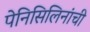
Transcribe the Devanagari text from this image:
पेनिसिलिनांची